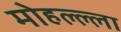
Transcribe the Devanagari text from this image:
मोहल्ल्ला